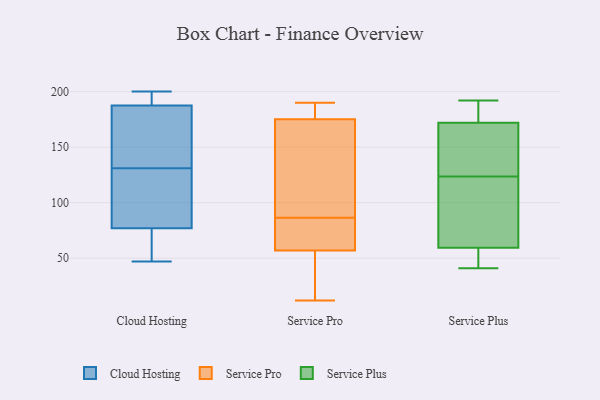
{"axis": {"x": "Backlog", "y": "Value"}, "legend": ["Cloud Hosting", "Service Plus", "Service Pro"], "data": [{"x": "", "y": 200, "type": "Cloud Hosting"}, {"x": "", "y": 194, "type": "Cloud Hosting"}, {"x": "", "y": 70, "type": "Cloud Hosting"}, {"x": "", "y": 84, "type": "Cloud Hosting"}, {"x": "", "y": 85, "type": "Cloud Hosting"}, {"x": "", "y": 187, "type": "Cloud Hosting"}, {"x": "", "y": 188, "type": "Cloud Hosting"}, {"x": "", "y": 138, "type": "Cloud Hosting"}, {"x": "", "y": 67, "type": "Cloud Hosting"}, {"x": "", "y": 124, "type": "Cloud Hosting"}, {"x": "", "y": 47, "type": "Cloud Hosting"}, {"x": "", "y": 177, "type": "Cloud Hosting"}, {"x": "", "y": 107, "type": "Service Pro"}, {"x": "", "y": 175, "type": "Service Pro"}, {"x": "", "y": 95, "type": "Service Pro"}, {"x": "", "y": 57, "type": "Service Pro"}, {"x": "", "y": 12, "type": "Service Pro"}, {"x": "", "y": 75, "type": "Service Pro"}, {"x": "", "y": 78, "type": "Service Pro"}, {"x": "", "y": 177, "type": "Service Pro"}, {"x": "", "y": 19, "type": "Service Pro"}, {"x": "", "y": 190, "type": "Service Pro"}, {"x": "", "y": 181, "type": "Service Plus"}, {"x": "", "y": 93, "type": "Service Plus"}, {"x": "", "y": 54, "type": "Service Plus"}, {"x": "", "y": 167, "type": "Service Plus"}, {"x": "", "y": 41, "type": "Service Plus"}, {"x": "", "y": 127, "type": "Service Plus"}, {"x": "", "y": 192, "type": "Service Plus"}, {"x": "", "y": 65, "type": "Service Plus"}, {"x": "", "y": 177, "type": "Service Plus"}, {"x": "", "y": 141, "type": "Service Plus"}, {"x": "", "y": 120, "type": "Service Plus"}, {"x": "", "y": 46, "type": "Service Plus"}]}